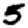
Digit: 5